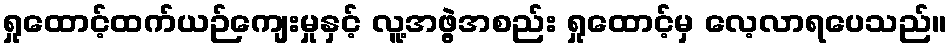
ရှုထောင့်ထက်ယဉ်ကျေးမှုနှင့် လူ့အဖွဲ့အစည်း ရှုထောင့်မှ လေ့လာရပေသည်။